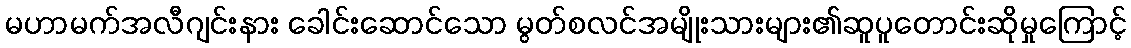
မဟာမက်အလီဂျင်းနား ခေါင်းဆောင်သော မွတ်စလင်အမျိုးသားများ၏ဆူပူတောင်းဆိုမှုကြောင့်